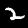
Digit: 2